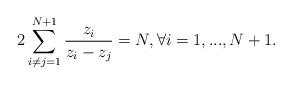
LaTeX: \begin{align*}2\sum^{N+1}_{i\neq j=1}\frac{z_i}{z_i-z_j}=N,\forall i=1,...,N+1.\end{align*}